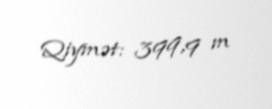
Qiymət: 399,9 m